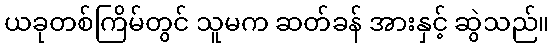
ယခုတစ်ကြိမ်တွင် သူမက ဆတ်ခန် အားနှင့် ဆွဲသည်။